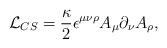
LaTeX: \begin{align*}{\cal L}_{CS} =\frac{\kappa}{2}\epsilon^{\mu\nu\rho}A_\mu\partial_\nu A_\rho, \end{align*}